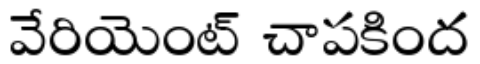
వేరియెంట్ చాపకింద